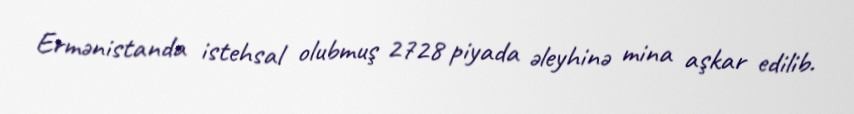
Ermənistanda istehsal olubmuş 2728 piyada əleyhinə mina aşkar edilib.